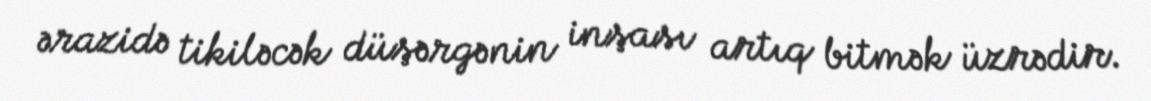
ərazidə tikiləcək düşərgənin inşası artıq bitmək üzrədir.